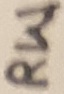
Text: RW